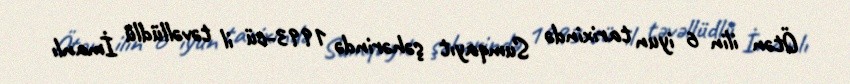
Ötən ilin 6 iyun tarixində Sumqayıt şəhərində 1993-cü il təvəllüdlü İmanlı